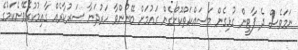
ނަމަވެސް ދެ ޕާޓީން ގުޅިގެން މަސައްކަތްކޮށްގެން ގައުމަށް ބޭނުންވާ ހަރުދަނާ ސަރުކާރެއް ގާއިމުކުރެވޭނެކަމުގެ